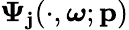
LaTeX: \boldsymbol{\Psi}_{\mathbf{j}}(\cdot,\boldsymbol{\omega};\mathbf{{p}})